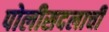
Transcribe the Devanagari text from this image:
पोलीसदलाची